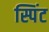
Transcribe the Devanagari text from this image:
स्पिंट